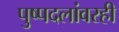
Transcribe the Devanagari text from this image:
पुष्पदलांवरही